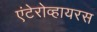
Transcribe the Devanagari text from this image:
एंटेरोव्हायरस